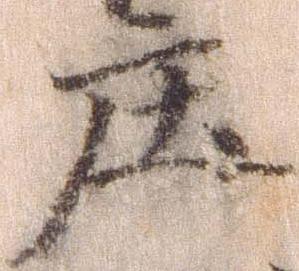
庄